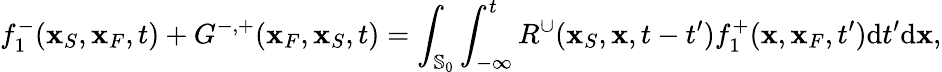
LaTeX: f_{1}^{-}({\mathbf x}_{S},{\mathbf x}_{F},t)+G^{-,+}({\mathbf x}_{F},{\mathbf x}_{S},t)=\int_{{\mathbb{S}_{0}}}\int_{-\infty}^{t}R^{\cup}({\mathbf x}_{S},{\mathbf x},t-t^{\prime})f_{1}^{+}({\mathbf x},{\mathbf x}_{F},t^{\prime})\mathrm{d}t^{\prime}\mathrm{d}{\mathbf x},